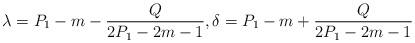
LaTeX: \begin{align*}\lambda=P_1-m-\frac{Q}{2P_1-2m-1}, \delta=P_1-m+\frac{Q}{2P_1-2m-1}\end{align*}